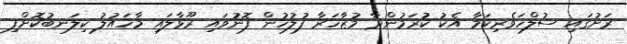
ރަށުގައި ސުލްހަވެރިކަމާ އެކު ކުރަމުންދާ މުޒާހަރާ ފުލުހުން ފޮނުވައި ރޫޅާލައި މާހައުލު ކިލަނބުކޮށްފި